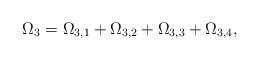
LaTeX: \begin{align*}\Omega_{3}=\Omega_{3,1}+\Omega_{3,2}+\Omega_{3,3}+\Omega_{3,4},\end{align*}